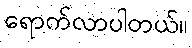
ရောက်လာပါတယ်။